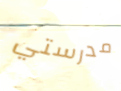
مدرستي